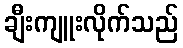
ချီးကျူးလိုက်သည်